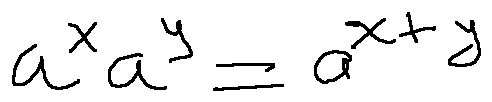
a ^ { x } a ^ { y } = a ^ { x + y }